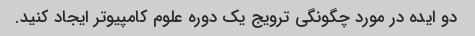
دو ایده در مورد چگونگی ترویج یک دوره علوم کامپیوتر ایجاد کنید.